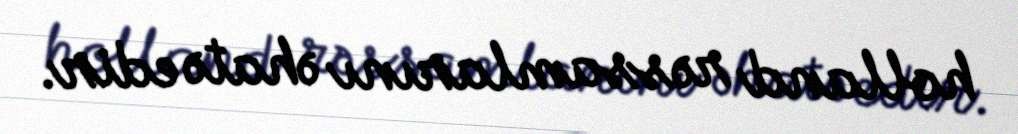
holland rəssamlarını əhatə edir.